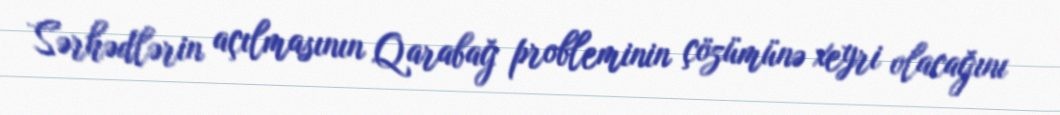
Sərhədlərin açılmasının Qarabağ probleminin çözümünə xeyri olacağını